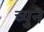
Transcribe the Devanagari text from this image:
च्युन